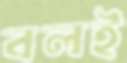
বলই